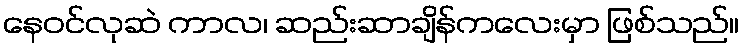
နေဝင်လုဆဲ ကာလ၊ ဆည်းဆာချိန်ကလေးမှာ ဖြစ်သည်။